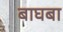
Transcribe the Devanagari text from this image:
बाघबा